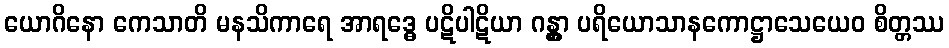
ယောဂိနော ကေသာတိ မနသိကာရေ အာရဒ္ဓေ ပဋိပါဋိယာ ဂန္တွာ ပရိယောသာနကောဋ္ဌာသေယေဝ စိတ္တဿ